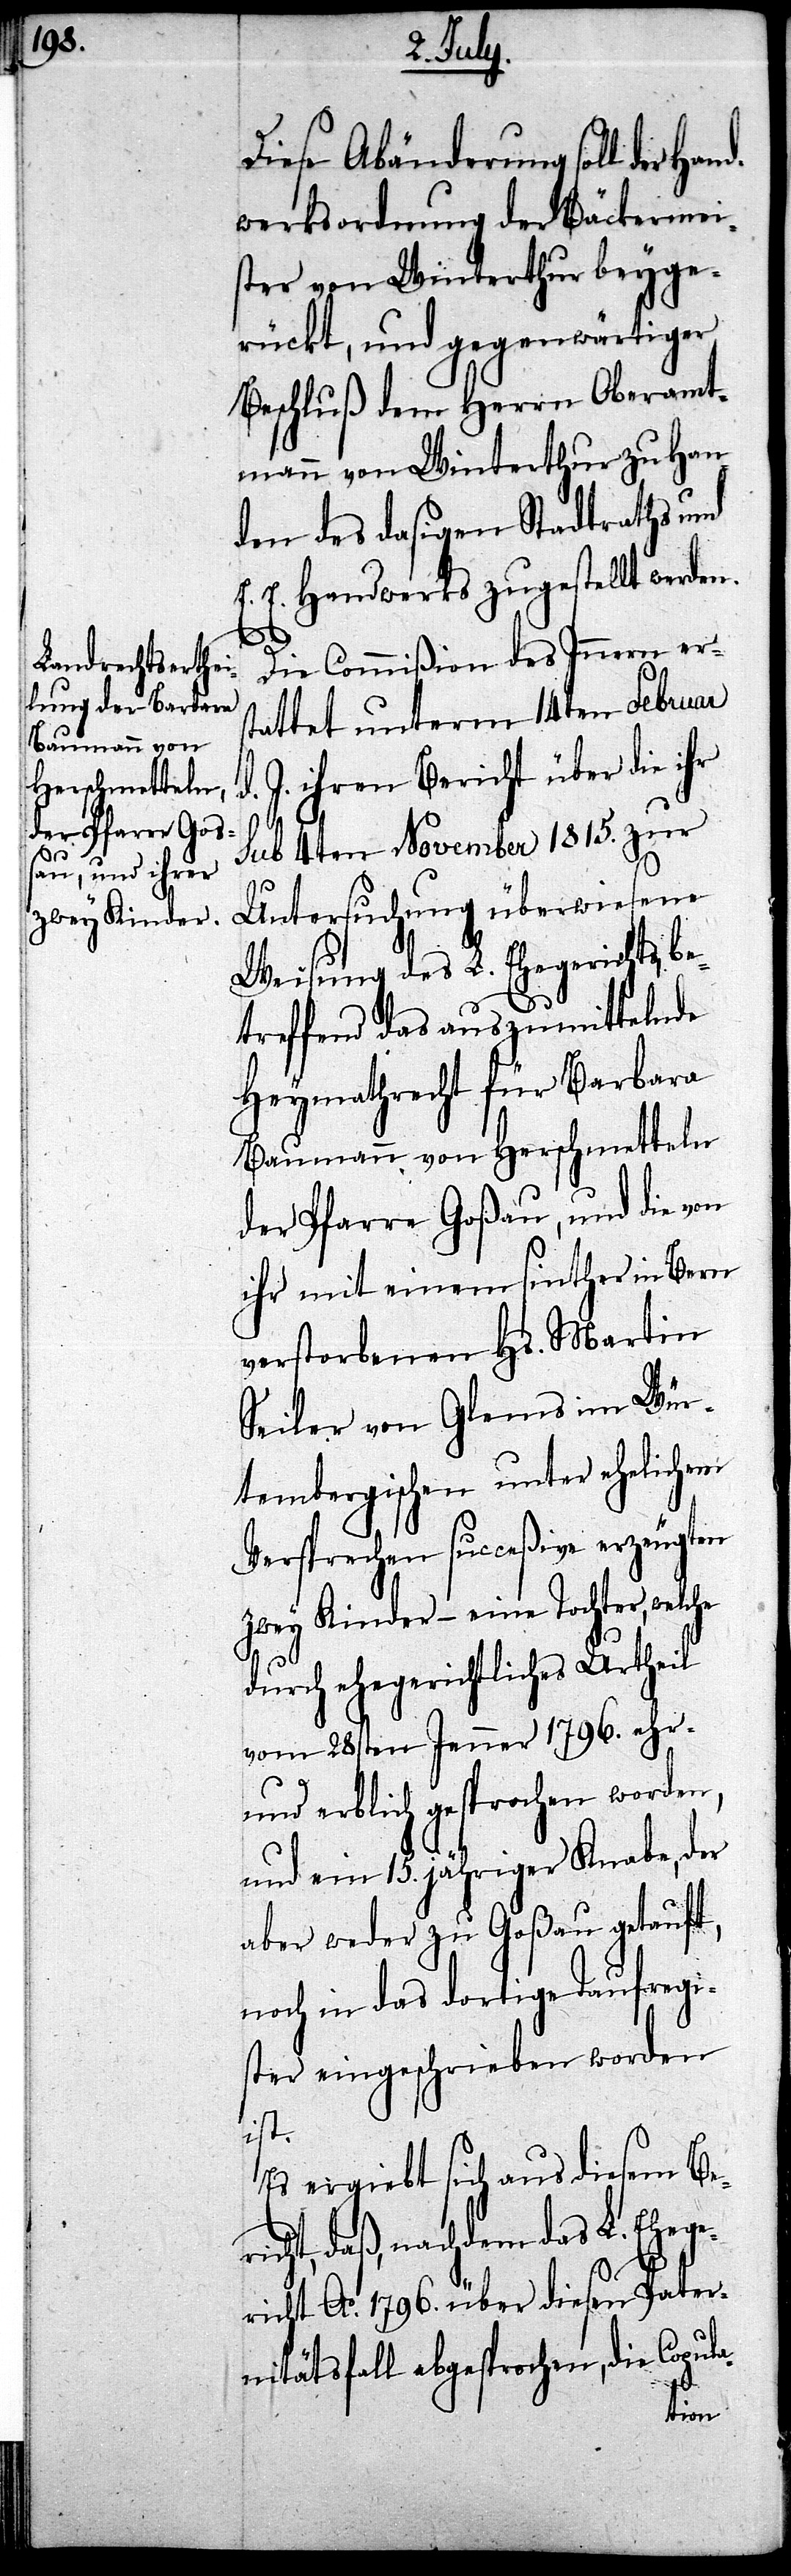
zwey Kinder –

Diese Abänderung soll der
dwerksordnung der Bäckermei¬
ster von Winterthur beyge¬
rückt, und gegenwärtiger
Beschluß dem Herrn Oberamt¬
mann von Winterthur zu Han¬
den des dasigen Stadtraths und
E. E. Handwerks zugestellt werden.
Die Commißion des Innern ers¬
tattet unterm 14ten Februar
d. J. ihren Bericht über die ihr
sub 4ten November 1815. zur
Untersuchung überwiesene
Weisung des L. Ehegerichts, be¬
treffend das auszumittelnde
Heymathrecht für Barbara
Baumann von Herschmetteln
der Pfarre Goßau, und die von
ihr mit einem sinther in Bern
verstorbenen Hs. Martin
Seiler von Glems im Wür¬
tembergischen unter ehelichem
Versprechen succeßive erzeugten
durch ehegerichtliches Urtheil
vom 28sten Jenner 1796. ehr-
und erblich gesprochen worden,
und ein 15. jähriger Knabe, der
aber weder zu Goßau getauft,
noch in das dortige Taufregi¬
ster eingeschrieben worden
ist.
Es ergiebt sich aus diesem Be¬
ht, daß, nachdem das Ehege¬
richt Ao. 1796. über diesen Pater¬
nitätsfall abgesprochen, die Copu¬
la-